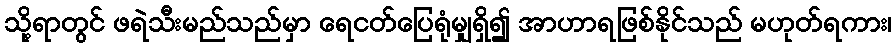
သို့ရာတွင် ဖရဲသီးမည်သည်မှာ ရေငတ်ပြေရုံမျှရှိ၍ အာဟာရဖြစ်နိုင်သည် မဟုတ်ရကား၊